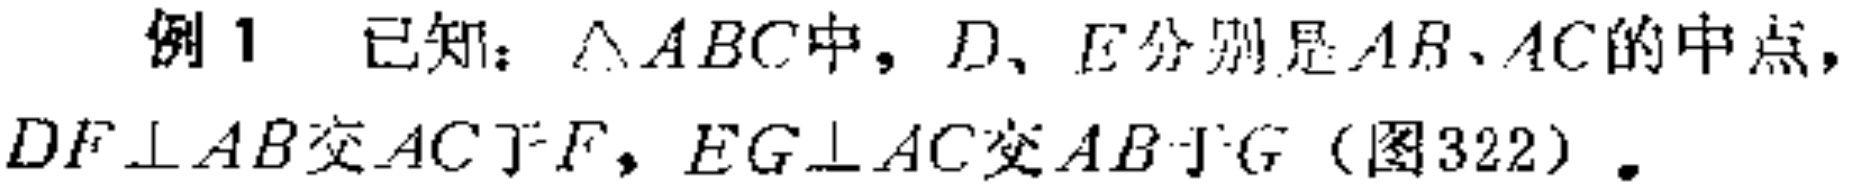
例1 已知：$\triangle ABC$中，$D、E$分别是$AB、AC$的中点，$DF\perp AB$交$AC$于$F$，$EG\perp AC$交$AB$于$G$（图322）.